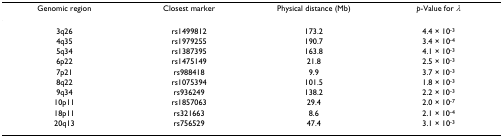
| Genomic region | Closest marker | Physical distance (Mb) | p-Value for λ |
 | --- | --- | --- | --- |
 | 3q26 | rs1499812 | 173.2 | 4.4 × 10-3 |
 | 4q35 | rs1979255 | 190.7 | 3.4 × 10-4 |
 | 5q34 | rs1387395 | 163.8 | 4.1 × 10-3 |
 | 6p22 | rs1475149 | 21.8 | 2.5 × 10-3 |
 | 7p21 | rs988418 | 9.9 | 3.7 × 10-3 |
 | 8q22 | rs1075394 | 101.5 | 1.8 × 10-3 |
 | 9q34 | rs936249 | 138.2 | 2.2 × 10-3 |
 | 10p11 | rs1857063 | 29.4 | 2.0 × 10-7 |
 | 18p11 | rs321663 | 8.6 | 2.1 × 10-4 |
 | 20q13 | rs756529 | 47.4 | 3.1 × 10-3 |